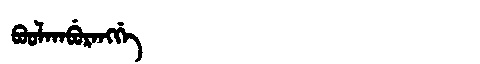
Manchu: ᠪᠣᠣᠯᠠᠨᠠᠪᡠᡵᠠᠩᡤᡝ
Romanization: BOOLANABURANGGE